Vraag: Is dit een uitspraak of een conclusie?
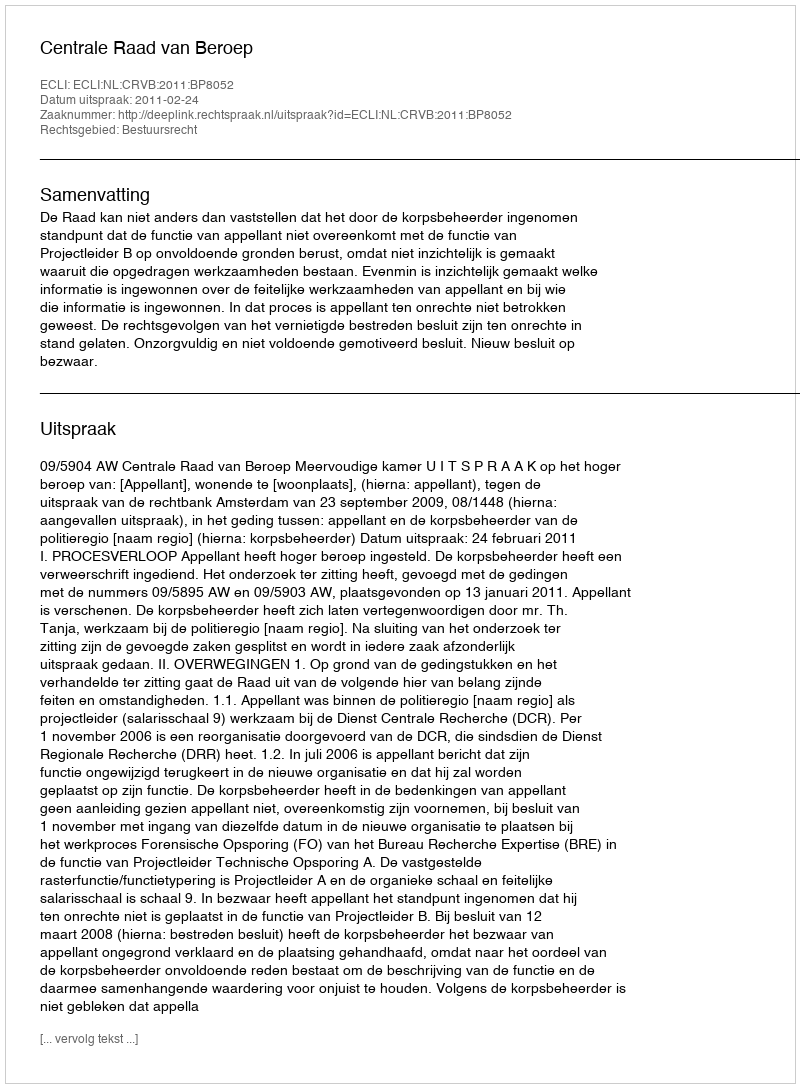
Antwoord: Uitspraak